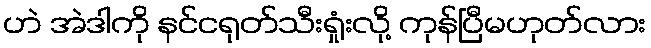
ဟဲ အဲဒါကို နင်ငရုတ်သီးရှုံးလို့ ကုန်ပြီမဟုတ်လား